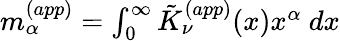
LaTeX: \begin{array}{r}{m_{\alpha}^{(app)}=\int_{0}^{\infty}\tilde{K}_{\nu}^{(app)}(x)x^{\alpha}~dx}\end{array}